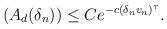
LaTeX: \begin{align*}(A_{d}(\delta_{n})) & \leq C e^{-c (\delta_{n} v_{n})^\tau} .\end{align*}